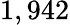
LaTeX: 1,942